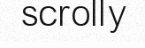
scrolly